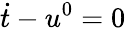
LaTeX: \dot{t}-u^{0}=0